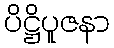
ပိဋ္ဌိပူဇနာ